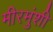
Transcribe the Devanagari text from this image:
मीरमुंशी